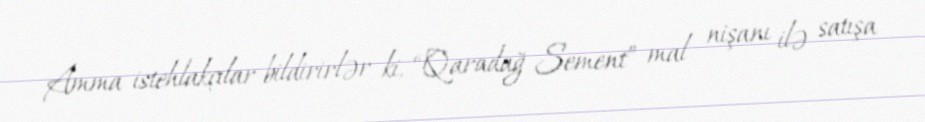
Amma istehlakçılar bildirirlər ki, “Qaradağ Sement” mal nişanı ilə satışa